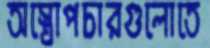
অস্ত্রোপচারগুলোতে